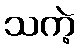
သကဲ့